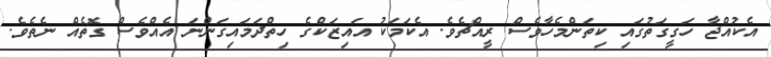
އެކުއްޖާ ހަގީގަތުގައި ކިތަންމެހާވެސް ރީއްޗެވެ. އެކަމަކު އައިޒަކްގެ ހިތްދަމައިގަންނަ އެއްވެސް ގޮތެއް ނެތެވެ.